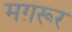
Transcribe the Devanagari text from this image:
मग़रूर